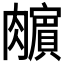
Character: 𰯣